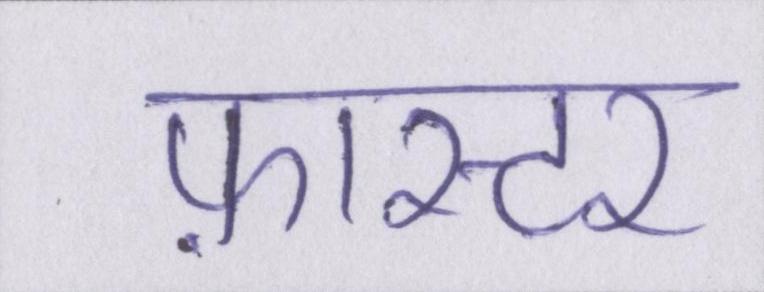
फ़ास्टर